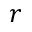
r